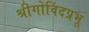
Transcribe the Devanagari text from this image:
श्रीगोविंदप्रभू